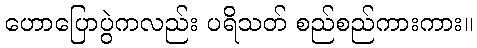
ဟောပြောပွဲကလည်း ပရိသတ် စည်စည်ကားကား။